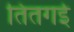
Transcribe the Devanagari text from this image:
तितगई